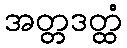
အတ္တဒတ္ထံ